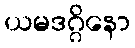
ယမဒဂ္ဂိနော